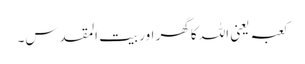
کعبہ یعنی اللہ کا گھر اور بیت المقدس۔